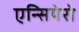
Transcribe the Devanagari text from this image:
एन्सियेरो